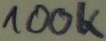
Text: 100K